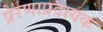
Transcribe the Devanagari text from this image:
प्रेरणाप्रदायक